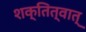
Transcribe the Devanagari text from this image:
शक्तित्वात्